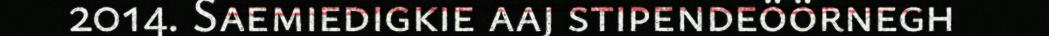
2014. Saemiedigkie aaj stipendeöörnegh